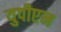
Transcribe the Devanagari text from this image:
युपीएन